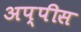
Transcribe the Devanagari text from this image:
अप्पीस